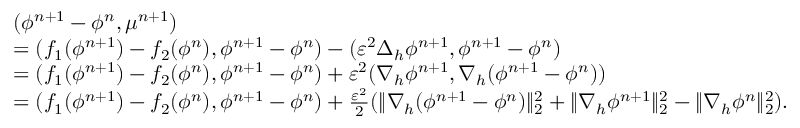
\begin{array} { r l } & { ( \phi ^ { n + 1 } - \phi ^ { n } , \mu ^ { n + 1 } ) } \\ & { = ( f _ { 1 } ( \phi ^ { n + 1 } ) - f _ { 2 } ( \phi ^ { n } ) , \phi ^ { n + 1 } - \phi ^ { n } ) - ( \varepsilon ^ { 2 } \Delta _ { h } \phi ^ { n + 1 } , \phi ^ { n + 1 } - \phi ^ { n } ) } \\ & { = ( f _ { 1 } ( \phi ^ { n + 1 } ) - f _ { 2 } ( \phi ^ { n } ) , \phi ^ { n + 1 } - \phi ^ { n } ) + \varepsilon ^ { 2 } ( \nabla _ { h } \phi ^ { n + 1 } , \nabla _ { h } ( \phi ^ { n + 1 } - \phi ^ { n } ) ) } \\ & { = ( f _ { 1 } ( \phi ^ { n + 1 } ) - f _ { 2 } ( \phi ^ { n } ) , \phi ^ { n + 1 } - \phi ^ { n } ) + \frac { \varepsilon ^ { 2 } } { 2 } ( \| \nabla _ { h } ( \phi ^ { n + 1 } - \phi ^ { n } ) \| _ { 2 } ^ { 2 } + \| \nabla _ { h } \phi ^ { n + 1 } \| _ { 2 } ^ { 2 } - \| \nabla _ { h } \phi ^ { n } \| _ { 2 } ^ { 2 } ) . } \end{array}